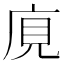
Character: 𢈥